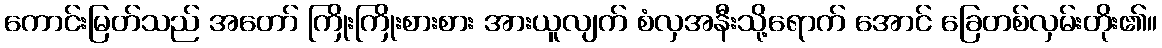
ကောင်းမြတ်သည် အတော် ကြိုးကြိုးစားစား အားယူလျက် စံလှအနီးသို့ရောက် အောင် ခြေတစ်လှမ်းတိုး၏။